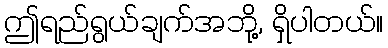
ဤရည်ရွယ်ချက်အဘို့, ရှိပါတယ်။